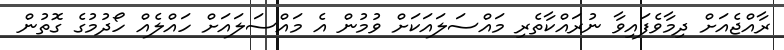
ރާއްޖެއަށް ދިމާވެފައިވާ ނުރައްކާތެރި މައްސަލައަކަށް ވުމުން އެ މައްސަލައަށް ހައްލެއް ހޯދުމުގެ ގޮތުން